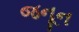
જનૂન